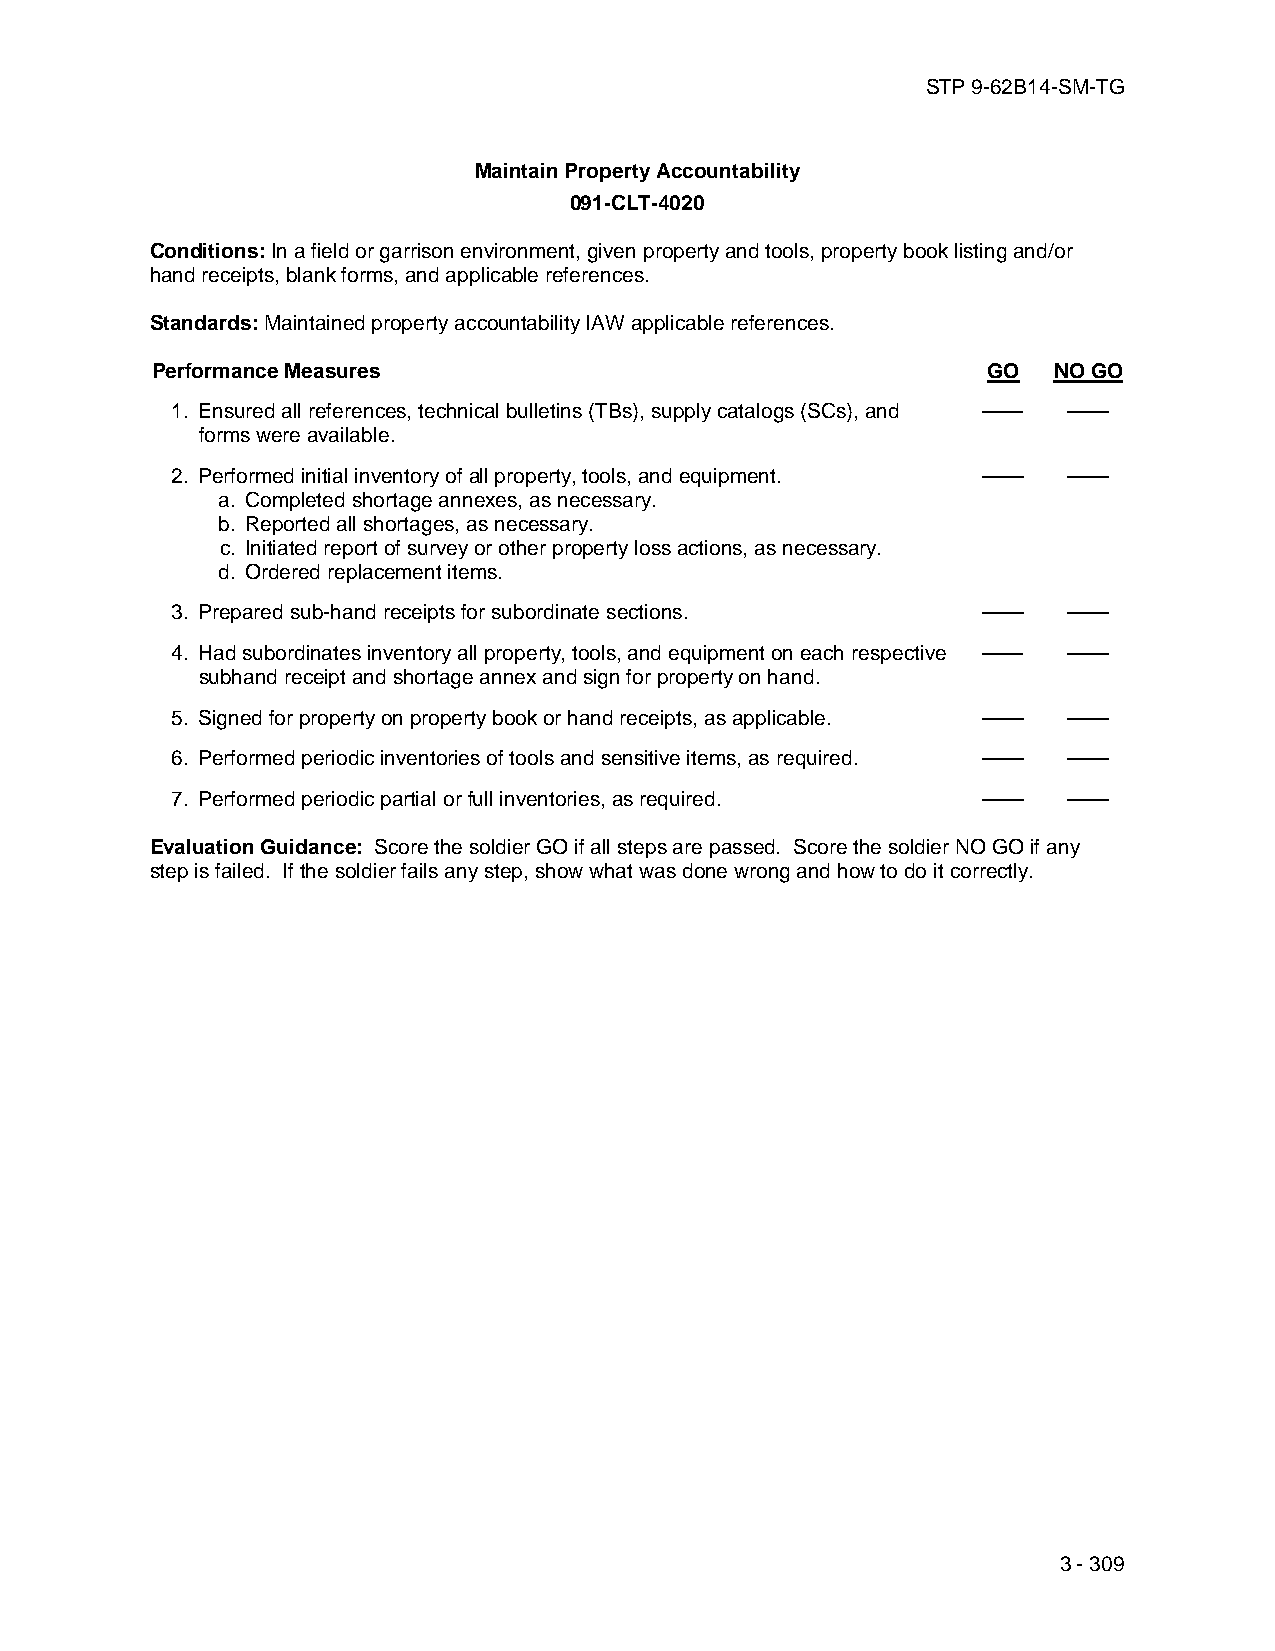
STP 9-62B14-SM-TG
 Maintain Property Accountability
 091-CLT-4020
 Conditions: In a field or garrison environment, given property and tools, property book listing and/or
 hand receipts, blank forms, and applicable references.
 Standards: Maintained property accountability IAW applicable references.
 Performance Measures                                   GO   NO GO
 1. Ensured all references, technical bulletins (TBs), supply catalogs (SCs), and —— ——
 forms were available.
 2. Performed initial inventory of all property, tools, and equipment. —— ——
 a. Completed shortage annexes, as necessary.
 b. Reported all shortages, as necessary.
 c. Initiated report of survey or other property loss actions, as necessary.
 d. Ordered replacement items.
 3. Prepared sub-hand receipts for subordinate sections. ——  ——
 4. Had subordinates inventory all property, tools, and equipment on each respective —— ——
 subhand receipt and shortage annex and sign for property on hand.
 5. Signed for property on property book or hand receipts, as applicable. —— ——
 6. Performed periodic inventories of tools and sensitive items, as required. —— ——
 7. Performed periodic partial or full inventories, as required. —— ——
 Evaluation Guidance: Score the soldier GO if all steps are passed. Score the soldier NO GO if any
 step is failed. If the soldier fails any step, show what was done wrong and how to do it correctly.
 3 - 309